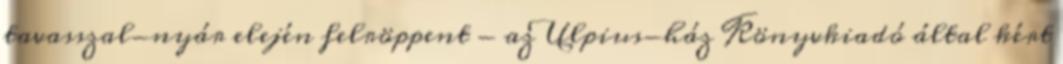
tavasszal-nyár elején felröppent - az Ulpius-ház Könyvkiadó által kért